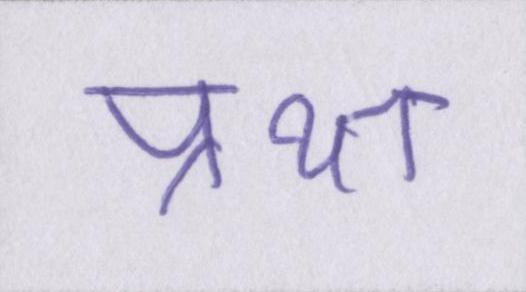
प्रथा